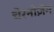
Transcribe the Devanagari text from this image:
चेरनोज़ेम